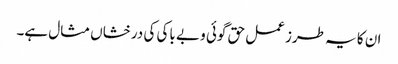
ان کا یہ طرز عمل حق گوئی و بے باکی کی درخشاں مثال ہے۔